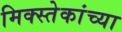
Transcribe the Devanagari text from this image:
मिक्स्तेकांच्या